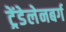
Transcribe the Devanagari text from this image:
ट्रेंडेलेनबर्ग